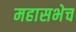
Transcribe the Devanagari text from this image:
महासभेच